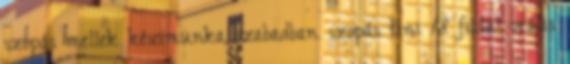
szopás mellek kézimunka szabadban szopás tini 18 fiatal orális